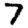
Digit: 7